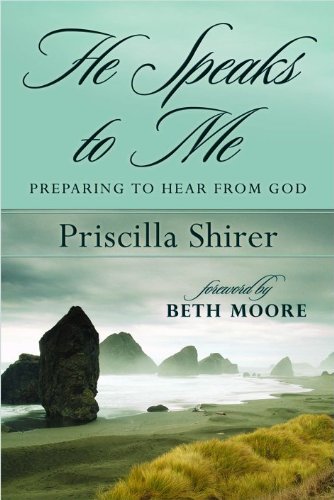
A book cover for He Speaks to Me: Preparing to Hear From God; Priscilla C. Shirer; Religion & Spirituality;